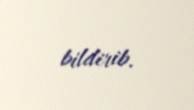
bildirib.